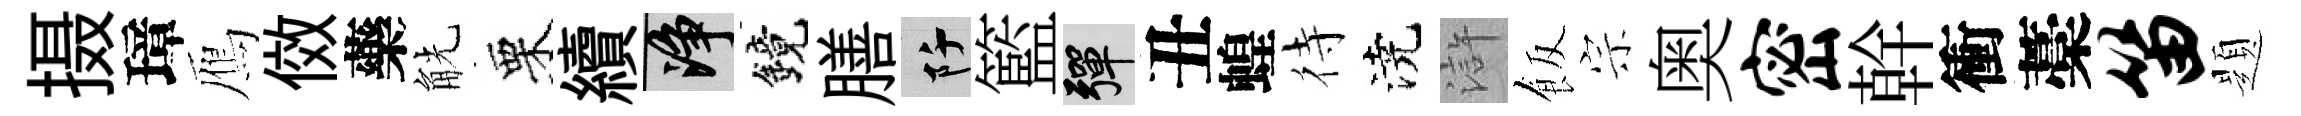
摄璋鴈傚藥觥栗續净鏡膳阡籃彈丑蝗待澆滸飯宗奥密幹衝藁笛題